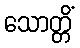
သောတ္တိံ